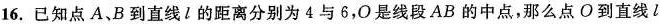
16. 已知点 A、B 到直线l的距离分别为 4 与 6，O 是线段 AB 的中点，那么点 O 到直线 l